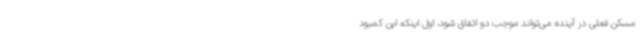
مسکن فعلی در آینده می‌تواند موجب دو اتفاق شود، اول اینکه این کمبود